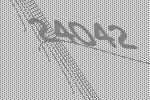
24042